Civil Veterinary Dept. North-West Frontier Province 1933-46 - 1933-1946
Year: 1933
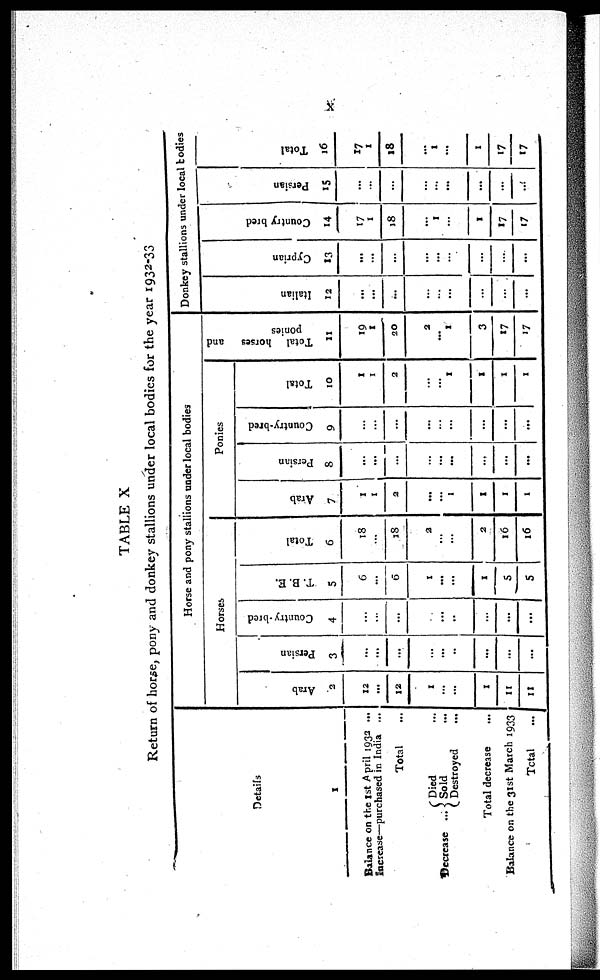
X
TABLE X
Return of horse, pony and donkey stallions under local bodies for the year 1932-33
Details
1
Balance on the 1st April 1932 ...
Increase—purchased
in India ...
Total ...
Decrease ...
Died ...
Sold ...
Destroyed ...
Total decrease ...
Balance on the 31st March 1933
Total
...
Horse and pony stallions under local bodies
Horses
Arab
2
12
...
12
1
...
...
1
11
11
Persian
3
...
...
...
...
...
..
...
...
...
Country-bred
4
...
...
...
...
...
..
...
...
...
T. B. E.
5
6
...
6
1
...
...
1
5
5
Total
6
18
...
18
3
...
...
2
16
16
Ponies
Arab
7
1
1
2
...
...
1
1
1
1
Persian
8
...
...
...
...
...
...
...
...
...
Country-bred
9
...
...
...
...
...
...
...
...
...
Total
10
1
1
2
...
...
1
1
1
1
Total horses and
ponies
11
19
1
20
2
...
1
3
17
17
Donkey stallions under local todies
I t al i an
12
...
...
...
...
...
...
...
...
...
Cypr i
an
13
...
...
...
...
...
...
...
...
...
Count r y bred
14
17
1
18
...
1
...
1
17
17
Persian
15
...
...
...
...
...
...
...
...
Tot al
16
17
...
18
...
1
...
1
17
17